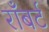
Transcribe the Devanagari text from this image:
राँबर्ट